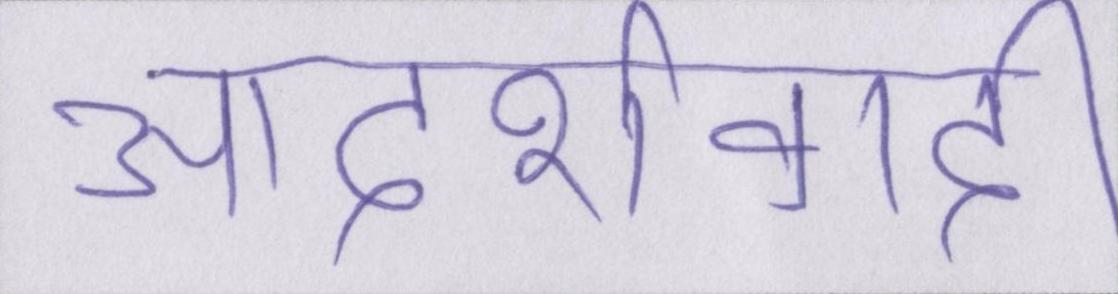
आदर्शवादी